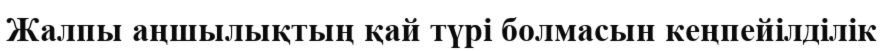
Жалпы аңшылықтың қай түрі болмасын кеңпейілділік